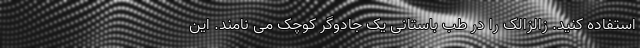
استفاده کنید. زالزالک را در طب باستانی یک جادوگر کوچک می نامند. این